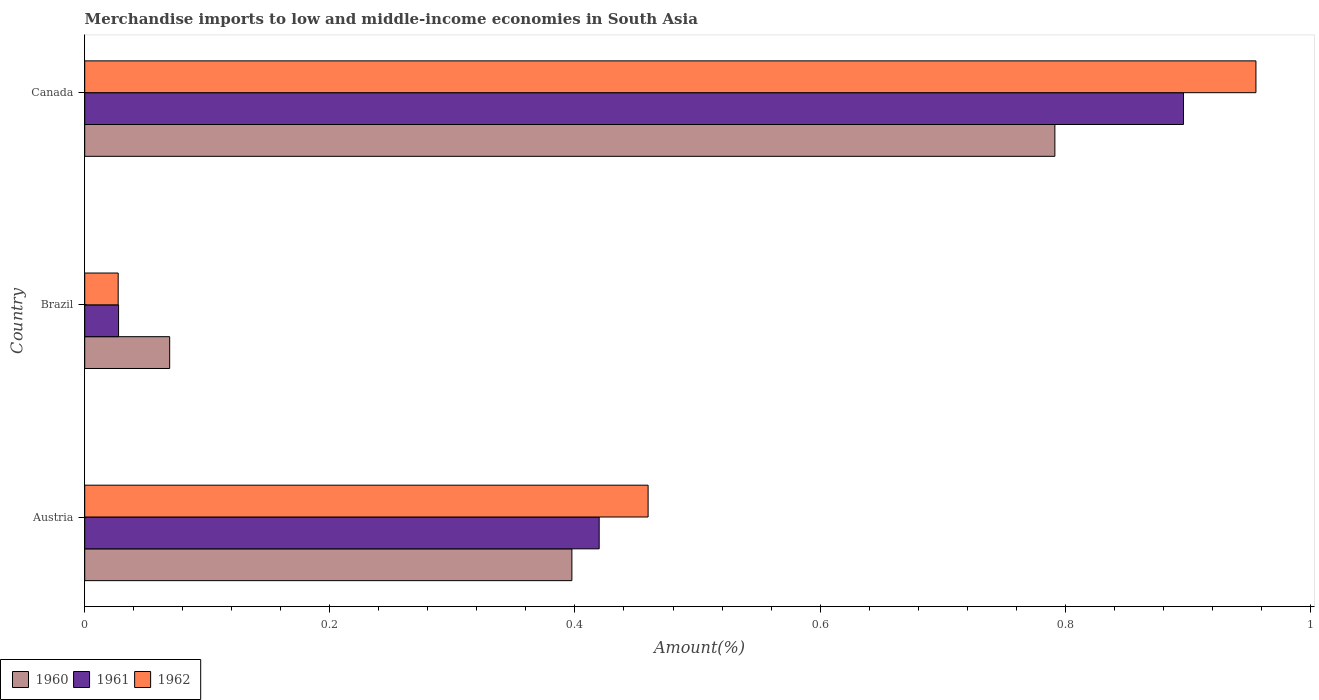
| Country | 1960 | 1961 | 1962 |
 | --- | --- | --- | --- |
 | Austria | 0.398 | 0.42 | 0.46 |
 | Brazil | 0.0693 | 0.0276 | 0.0273 |
 | Canada | 0.792 | 0.897 | 0.956 |